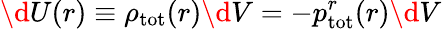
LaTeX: \d U(r)\equiv\rho_{\mathrm{tot}}(r)\d V=-p_{\mathrm{tot}}^{r}(r)\d V